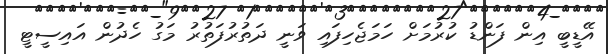
އޭޑީބީ އިން ފަންޑު ކުރުމަށް ހަމަޖެހިފައި ވަނީ ދަތުރުފަތުރު މަގު ހެދުން އައިސީޓީ